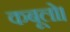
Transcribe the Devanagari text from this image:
कबूलो।